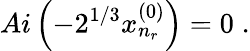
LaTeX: Ai\left(-2^{1/3}x_{n_{r}}^{(0)}\right)=0\; .